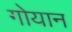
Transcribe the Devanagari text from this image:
गोयान